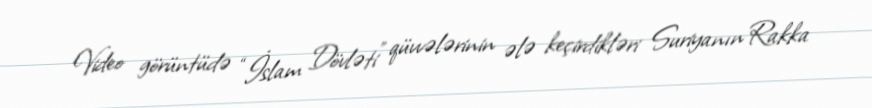
Video görüntüdə “İslam Dövləti” qüvvələrinin ələ keçirdikləri Suriyanın Rakka